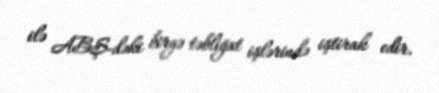
ilə ABŞ-dəki birgə təbliğat işlərində iştirak edir.